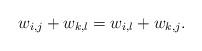
LaTeX: \begin{align*}w_{i,j}+w_{k,l}=w_{i,l}+w_{k,j}.\end{align*}